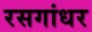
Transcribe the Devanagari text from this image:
रसगांधर